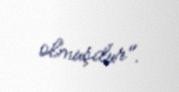
olmuşdur".